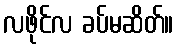
လဖိုင်လ ခပ်မဆိတ်။